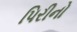
પિરીનો